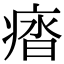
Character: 𭼖